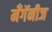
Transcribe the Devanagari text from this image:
मँगॅनीज